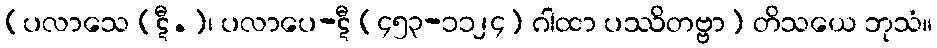
[ပလာသေ (ဋီ.)၊ ပလာပေ-ဋီ (၄၅၃-၁၁၂၄) ဂါထာ ပဿိတဗ္ဗာ] တိသယေ ဘုသံ။